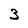
Character: 3